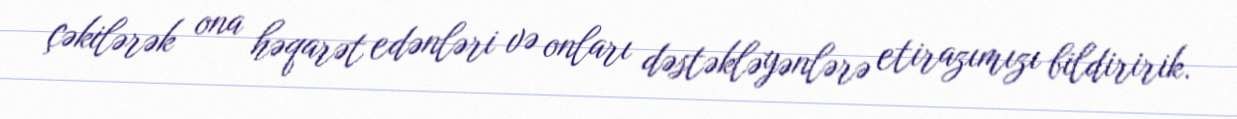
çəkilərək ona həqarət edənləri və onları dəstəkləyənlərə etirazımızı bildiririk.